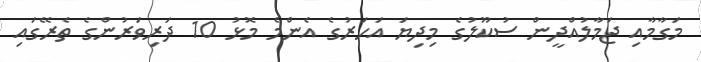
މަގާމާއި ޖަމާލުއްދީން ސުކޫލުގެ މިދިޔަ އަހަރުގެ އެންމެ މޮޅު 10 ދަރިވަރުންގެ ތެރޭގައި